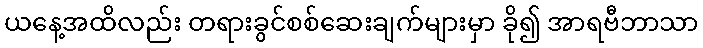
ယနေ့အထိလည်း တရားခွင်စစ်ဆေးချက်များမှာ ခို၍ အာရဗီဘာသာ